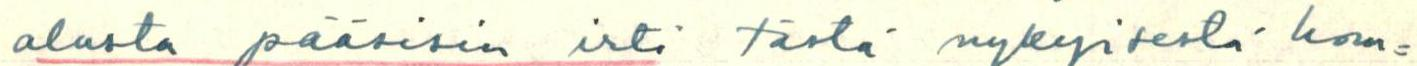
alusta pääsisin irti tästä nykyisestä hom=